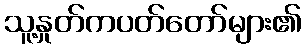
သူ့နှုတ်ကပတ်တော်များ၏